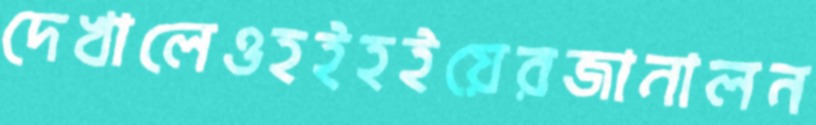
দেখালেওহইহইয়েরজানালন